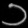
Digit: ၁